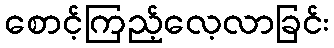
စောင့်ကြည့်လေ့လာခြင်း